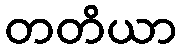
တတိယာ